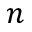
n